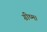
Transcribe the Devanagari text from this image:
ग्रीष्म।